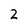
Character: 2